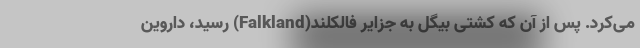
می‌کرد. پس از آن‌ که کشتی بیگل به جزایر فالکلند(Falkland) رسید، داروین